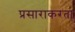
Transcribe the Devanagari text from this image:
प्रसाराकरता